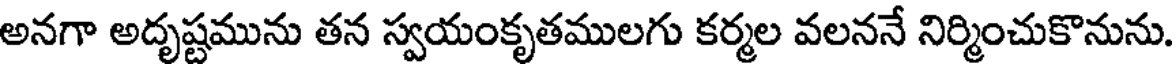
అనగా అదృష్టమును తన స్వయంకృతములగు కర్మల వలననే నిర్మించుకొనును.